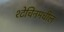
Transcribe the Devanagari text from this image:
श्टेचिनमधील